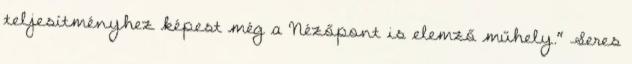
teljesítményhez képest még a Nézőpont is elemző műhely." Seres